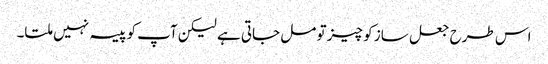
اس طرح جعل ساز کو چیز تو مل جاتی ہے لیکن آپ کو پیسہ نہیں ملتا۔